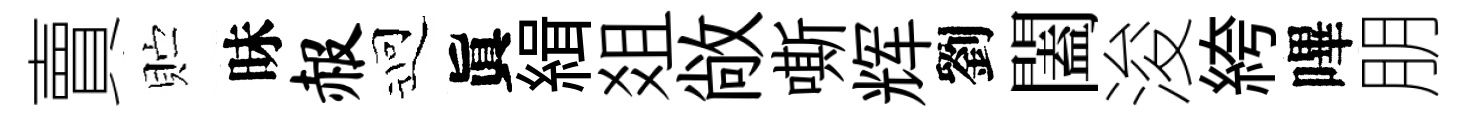
賣贮昧赧迎眞緝爼敞嘶辉劉闔浚絝嗶朋